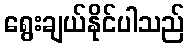
ရွေးချယ်နိုင်ပါသည်